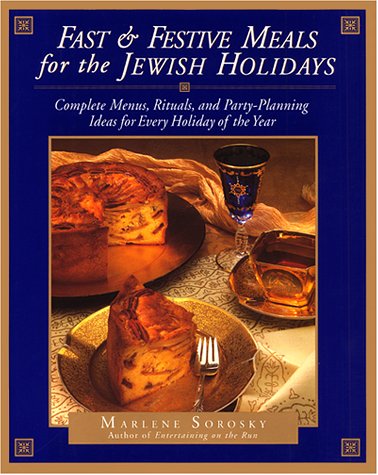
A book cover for Fast and Festive Meals for the Jewish Holidays: Complete Menus, Rituals, and Party-Planning Ideas for Every Holiday of the Year; Marlene Sorosky; Cookbooks, Food & Wine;